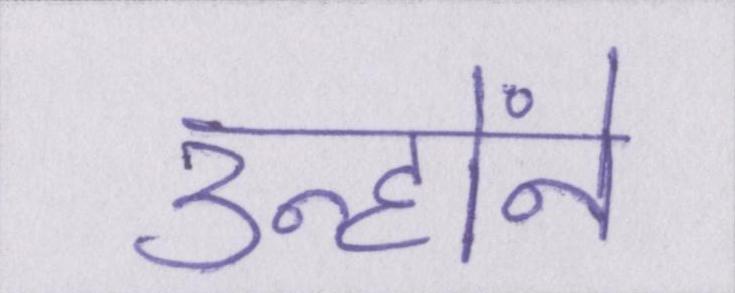
उन्होंने